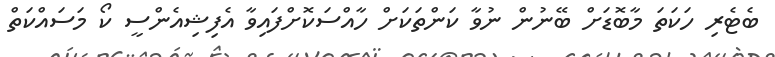
ބެޓެރި ހަކަތަ މާބޮޑަށް ބޭނުން ނުވާ ކަންތަކަށް ހާއްސަކޮށްފައިވާ އެފިޝިއެންސީ ކޯ މަސައްކަތް